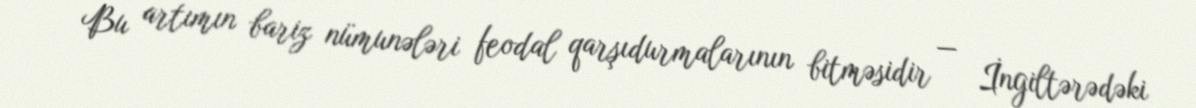
Bu artımın bariz nümunələri feodal qarşıdurmalarının bitməsidir — İngiltərədəki